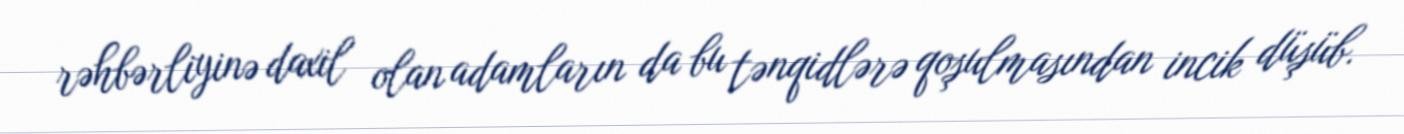
rəhbərliyinə daxil olan adamların da bu tənqidlərə qoşulmasından incik düşüb.